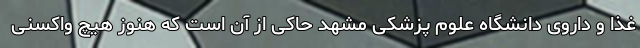
غذا و داروی دانشگاه علوم پزشکی مشهد حاکی از آن است که هنوز هیچ واکسنی